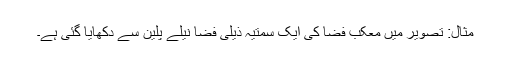
مثال: تصویر میں معکب فضا کی ایک سمتیہ ذیلی فضا نیلے پلین سے دکھایا گئی ہے۔